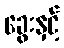
ခွေးနှင့်